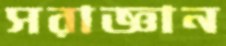
সরাজ্ঞান